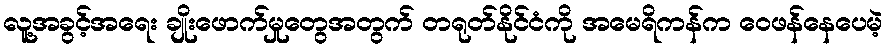
လူ့အခွင့်အရေး ချိုးဖောက်မှုတွေအတွက် တရုတ်နိုင်ငံကို အမေရိကန်က ဝေဖန်နေပေမဲ့